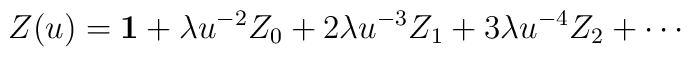
Z(u)={\bf 1}+\lambda u^{-2}Z_0+2\lambda u^{-3}Z_1+3\lambda u^{-4}Z_2+\cdots